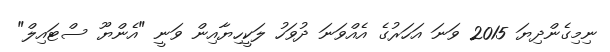
ނިމިގެންދިޔަ 2015 ވަނަ އަހަރުގެ އެއްވަނަ ދުވަހު ލަކީހިޔާއިން ވަނީ "އެންޔޫ ސްޓައިލް"